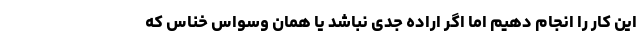
این کار را انجام دهیم اما اگر اراده جدی نباشد یا همان وسواس خناس که